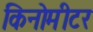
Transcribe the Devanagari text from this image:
किनोमीटर